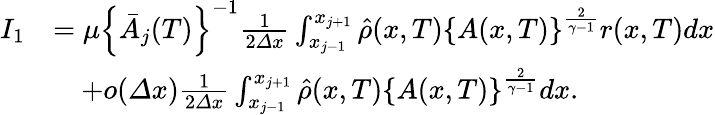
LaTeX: \begin{array}{rl}{I_{1}}&{=\mu\left\{ \bar{A}_{j}(T)\right\} ^{-1}\frac 1{2{\varDelta}x}\int_{x_{j-1}}^{x_{j+1}}\hat{\rho}(x,T)\left\{ A(x,T)\right\} ^{\frac{2}{\gamma-1}}r(x,T)dx}\\ &{\quad+o({\varDelta}x)\frac 1{2{\varDelta}x}\int_{x_{j-1}}^{x_{j+1}}\hat{\rho}(x,T)\left\{ A(x,T)\right\} ^{\frac{2}{\gamma-1}}dx.}\end{array}